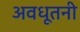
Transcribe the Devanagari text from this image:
अवधूतनी